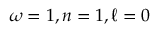
\omega = 1 , n = 1 , \ell = 0